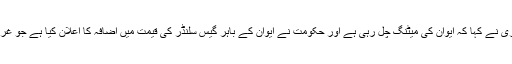
کانگریس کے پرمود تیواری نے کہا کہ ایوان کی میٹنگ چل رہی ہے اور حکومت نے ایوان کے باہر گیس سلنڈر کی قیمت میں اضافہ کا اعلان کیا ہے جو غریبوں کے ساتھ دھوکہ ہے۔